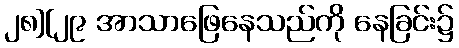
၂၈][၂၉ အာသာဖြေနေသည်ကို နေခြင်း၌